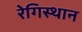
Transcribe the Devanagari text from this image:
रेगिस्थान